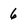
Character: 6